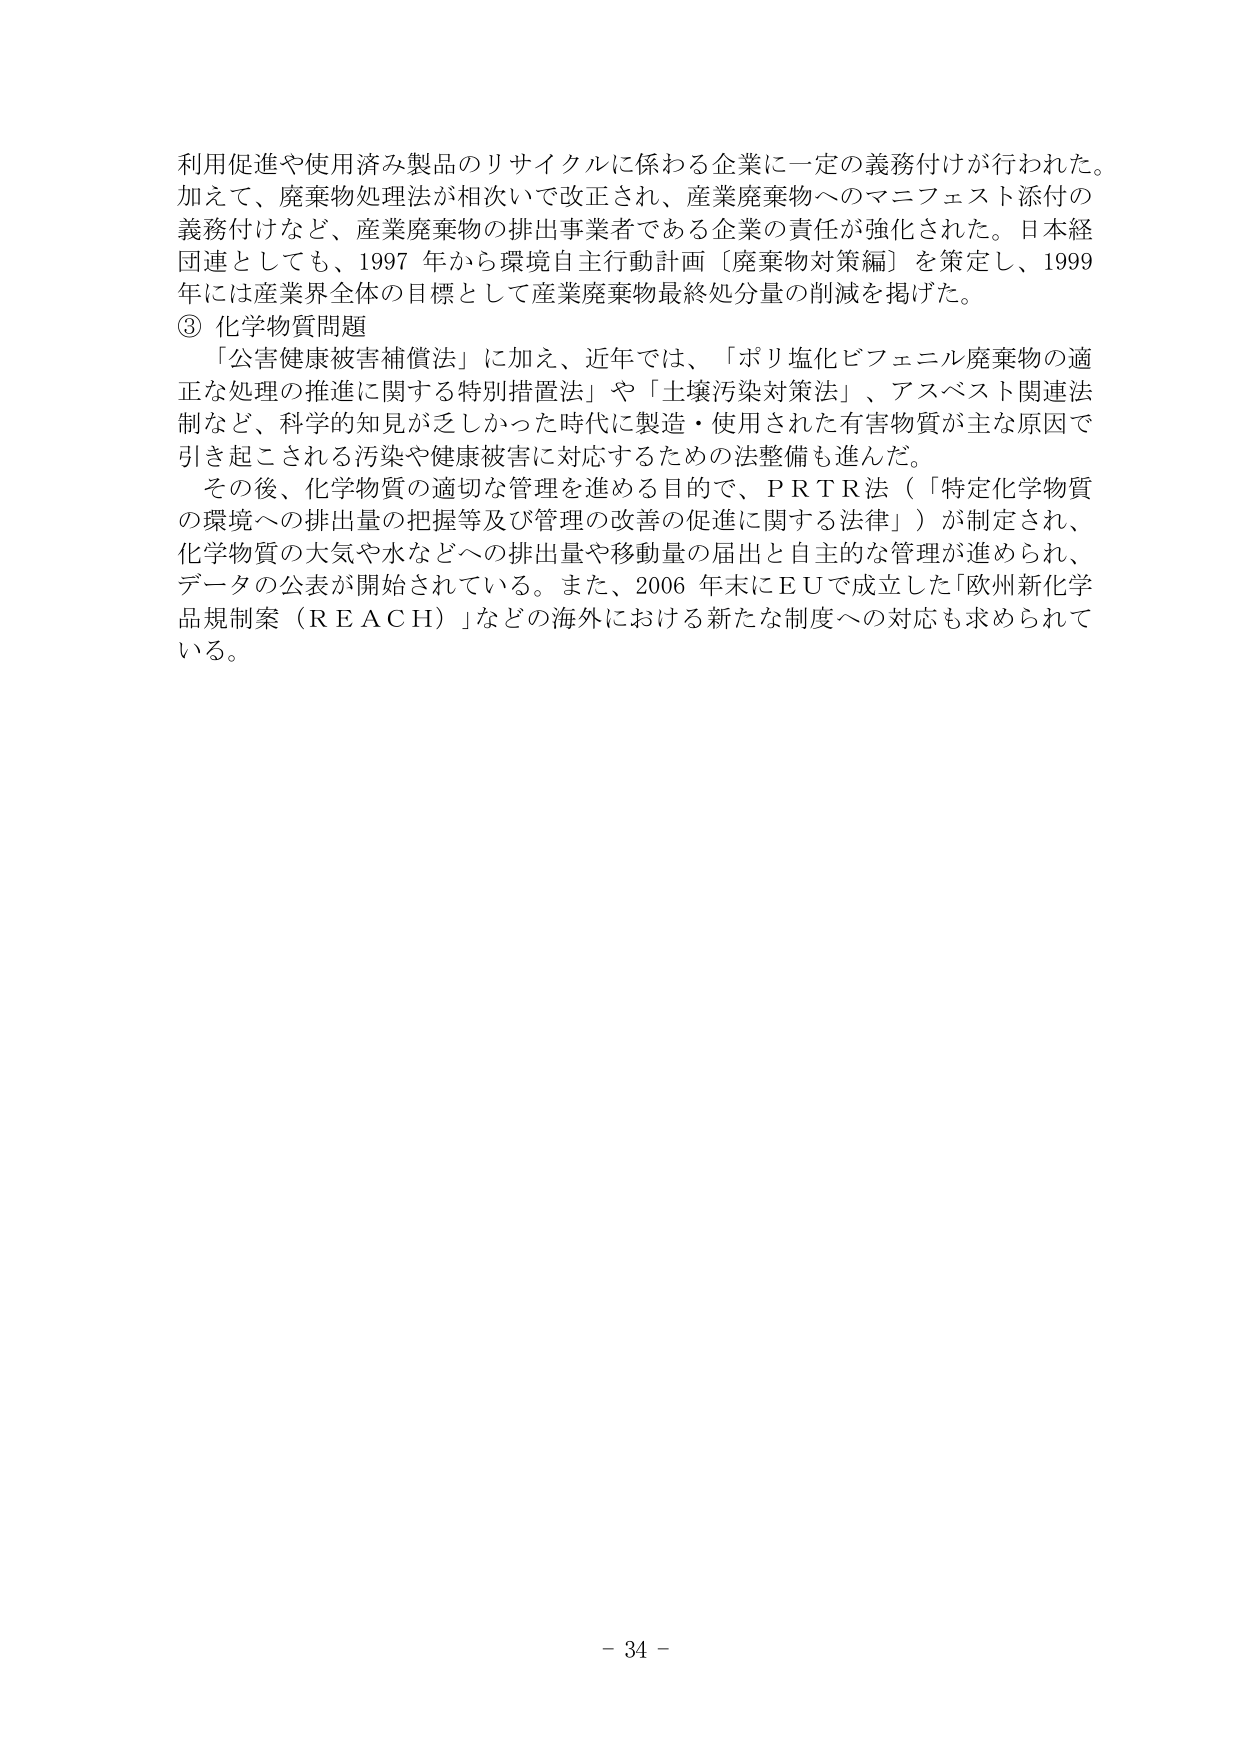
利用促進や使用済み製品のリサイクルに係わる企業に一定の義務付けが行われた。
加えて、廃棄物処理法が相次いで改正され、産業廃棄物へのマニフェスト添付の
義務付けなど、産業廃棄物の排出事業者である企業の責任が強化された。日本経
団連としても、1997 年から環境自主行動計画〔廃棄物対策編〕を策定し、1999
年には産業界全体の目標として産業廃棄物最終処分量の削減を掲げた。
③ 化学物質問題
　「公害健康被害補償法」に加え、近年では、「ポリ塩化ビフェニル廃棄物の適
正な処理の推進に関する特別措置法」や「土壌汚染対策法」、アスベスト関連法
制など、科学的知見が乏しかった時代に製造・使用された有害物質が主な原因で
引き起こされる汚染や健康被害に対応するための法整備も進んだ。
　その後、化学物質の適切な管理を進める目的で、ＰＲＴＲ法（「特定化学物質
の環境への排出量の把握等及び管理の改善の促進に関する法律」）が制定され、
化学物質の大気や水などへの排出量や移動量の届出と自主的な管理が進められ、
データの公表が開始されている。また、2006 年末にＥＵで成立した「欧州新化学
品規制案（ＲＥＡＣＨ）」などの海外における新たな制度への対応も求められて
いる。
- 34 -